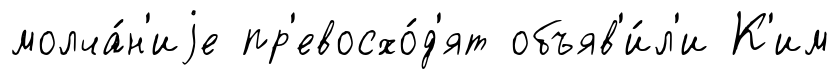
молча́н'иjе пр'евосхо́д'ят объяв'и́л'и К'им